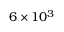
6 \times 1 0 ^ { 3 }